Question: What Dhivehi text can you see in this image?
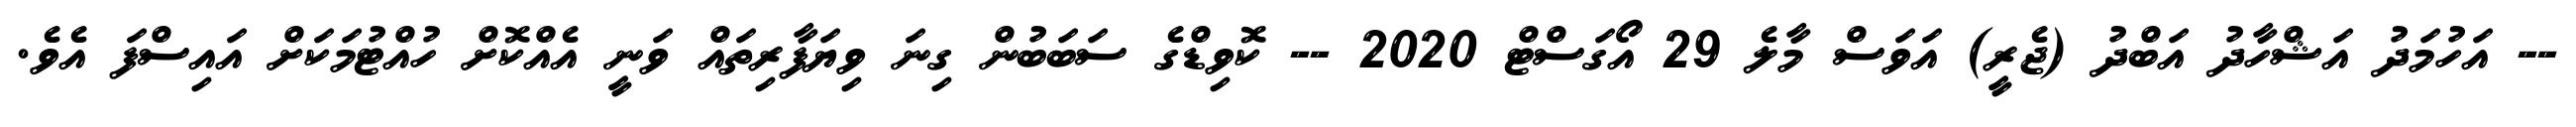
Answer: -- އަހުމަދު އަޝްހާދު އަބްދު (ޖެރީ) އަވަސް މާލެ 29 އޯގަސްޓް 2020 -- ކޮވިޑްގެ ސަބަބުން ގިނަ ވިޔަފާރިތައް ވަނީ އެއްކޮށް ހުއްޓުމަކަށް އައިސްފަ އެވެ.